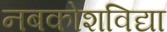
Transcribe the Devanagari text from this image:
नबकोशविद्या